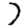
Digit: 7